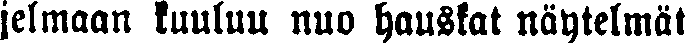
jelmaan kuuluu nuo hauskat näytelmät